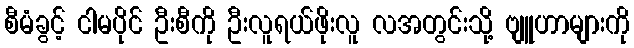
စီမံခွင့် ငါမပိုင် ဦးစီကို ဦးလူရယ်ဖိုးလူ လအတွင်းသို့ ဗျူဟာများကို